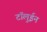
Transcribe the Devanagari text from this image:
टॉलुईन